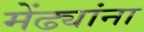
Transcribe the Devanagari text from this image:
मेंढ्यांना